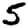
Digit: 5